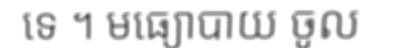
ទេ ។ មធ្យោបាយ ចូល